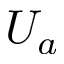
U _ { a }